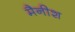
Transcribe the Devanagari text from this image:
मैनीश